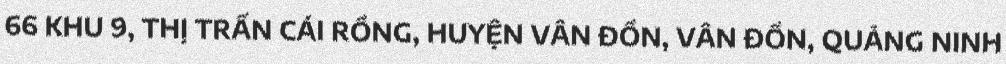
66 KHU 9, THỊ TRẤN CÁI RỒNG, HUYỆN VÂN ĐỒN, VÂN ĐỒN, QUẢNG NINH